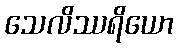
သေလိဿရိယော